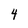
Character: 4